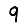
Digit: 9